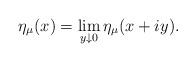
LaTeX: \begin{align*}\eta_{\mu}(x)=\lim_{y\downarrow0}\eta_{\mu}(x+iy).\end{align*}